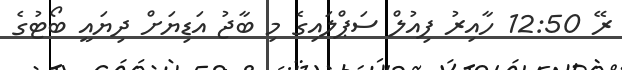
ރޭ 12:50 ހާއިރު ފިއުލް ސަޕްލައިގެ މި ބާޖު އަޑިޔަށް ދިޔައީ ބޯޓުގެ